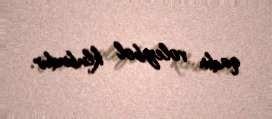
qadın voleybol klubudur.